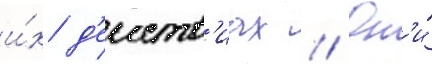
и́х д'еиств'иах // Он'и́